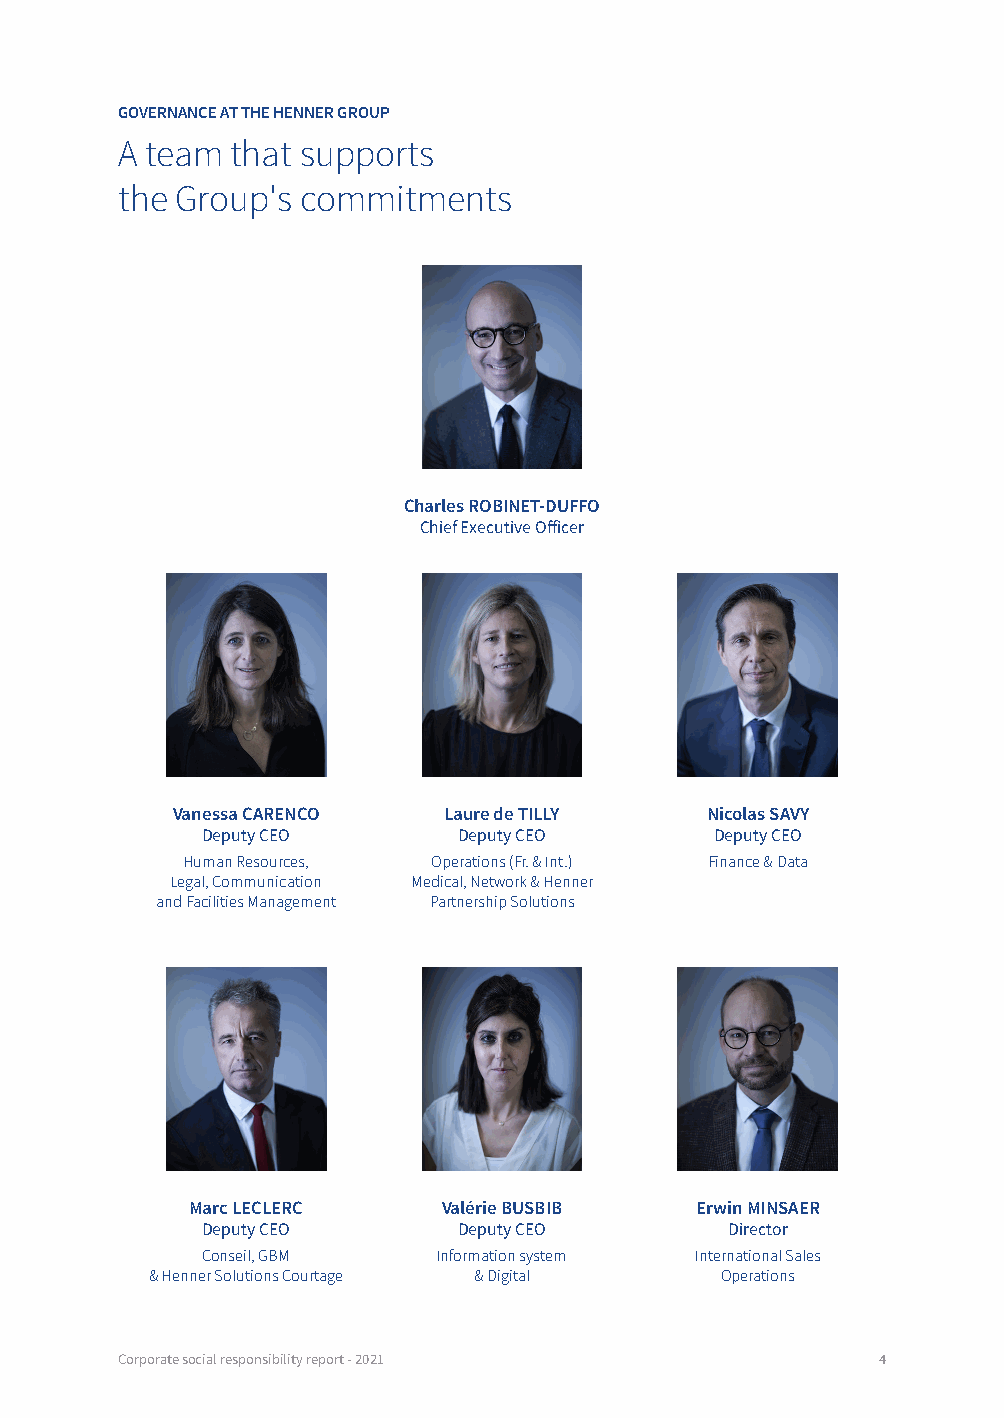
GOVERNANCE AT THE HENNER GROUP
 A team that supports
 the Group's commitments
 Charles ROBINET-DUFFO
 Chief Executive Officer
 Vanessa CARENCO   Laure de TILLY    Nicolas SAVY
 Deputy CEO       Deputy CEO       Deputy CEO
 Human Resources, Operations (Fr. & Int.) Finance & Data
 Legal, Communication Medical, Network & Henner
 and Facilities Management Partnership Solutions
 Marc LECLERC    Valérie BUSBIB   Erwin MINSAER
 Deputy CEO       Deputy CEO        Director
 Conseil, GBM    Information system International Sales
 & Henner Solutions Courtage & Digital Operations
 Corporate social responsibility report - 2021     4